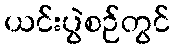
ယင်းပွဲစဉ်တွင်